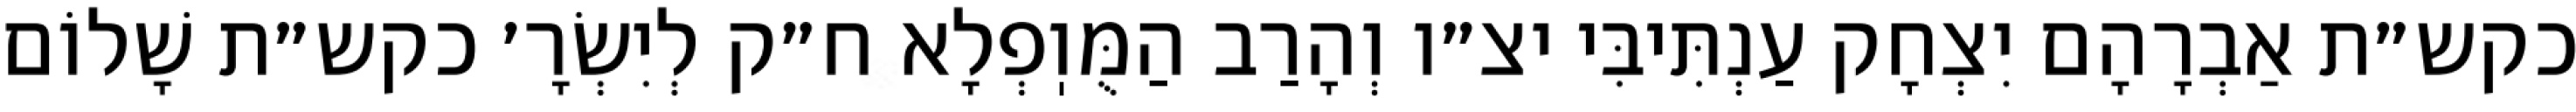
כקש״ת אַבְרָהָם יִצְחָק עַנְתִּיבִּי יצ״ו וְהָרַב הַמֻּוֽפְלָא ח״ק לְיִשְׂרָ׳ כקש״ת שָׁלוֹם